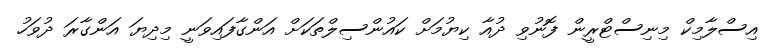
އިސްލާމިކް މިނިސްޓްރީން ފޮނުވި ދުއާ ކިޔުމަށް ކައުންސިލްތަކަށް އަންގާފައިވަނީ މިދިޔަ އަންގާރަ ދުވަހު